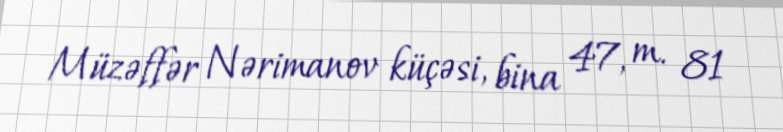
Müzəffər Nərimanov küçəsi, bina 47, m. 81